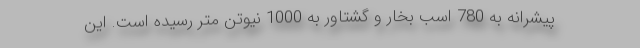
پیشرانه به 780 اسب بخار و گشتاور به 1000 نیوتن متر رسیده است. این